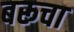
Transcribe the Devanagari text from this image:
बरूचा